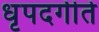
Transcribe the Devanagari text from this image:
धृपदगीते